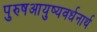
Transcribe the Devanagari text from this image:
पुरुषआयुष्यवर्धनार्थ